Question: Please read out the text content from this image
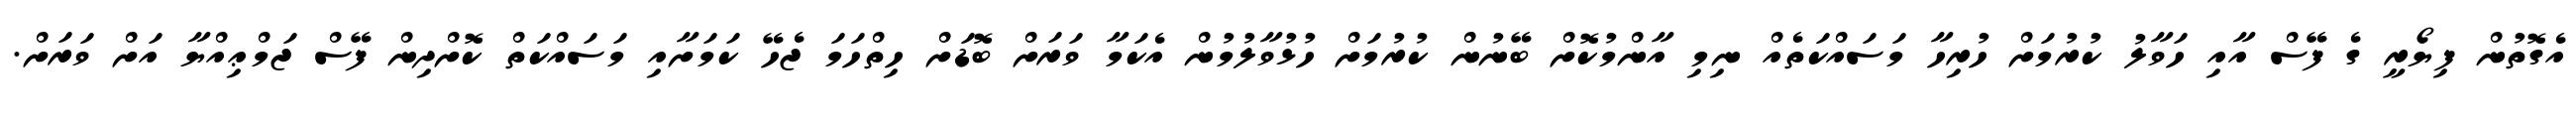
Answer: އެގޮތުން ފިޔޯރީ ގެ ފޭސް އާއި ހަވާލު ކުރުމަށް ހުރިހާ މަސައްކަތެއް ނިމި އާންމުކޮށް ބޭނުން ކުރުމަށް ހުޅުވާލުމުން އެކަމާ ވަރަށް ބޮޑަށް ހިތްހަމަ ޖެހޭ ކަމަށާއި މަސައްކަތް ކޮށްދިން ފޭސް ޖަމްޢިއްޔާ އަށް ވަރަށް.